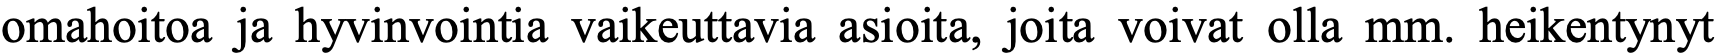
omahoitoa ja hyvinvointia vaikeuttavia asioita, joita voivat olla mm. heikentynyt